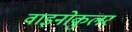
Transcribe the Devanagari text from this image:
वाइनोकुलर